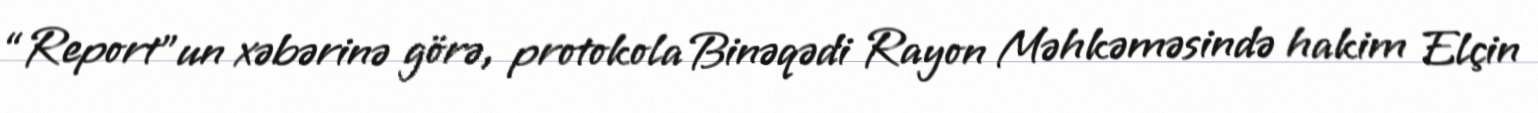
“Report”un xəbərinə görə, protokola Binəqədi Rayon Məhkəməsində hakim Elçin